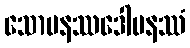
သောမနဿဒေါမနဿံ